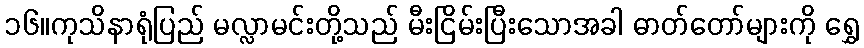
၁၆။ကုသိနာရုံပြည် မလ္လာမင်းတို့သည် မီးငြိမ်းပြီးသောအခါ ဓာတ်တော်များကို ရွှေ